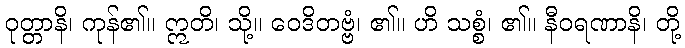
ဝုတ္တာနိ၊ ကုန်၏။ ဣတိ၊ သို့။ ဝေဒိတဗ္ဗံ၊ ၏။ ဟိ သစ္စံ၊ ၏။ နီဝရဏာနိ၊ တို့